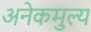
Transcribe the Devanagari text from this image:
अनेकमुल्य